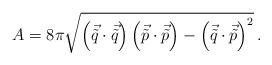
LaTeX: \begin{align*}A = 8\pi \sqrt{\left( \vec{\tilde{q}} \cdot \vec{\tilde{q}} \right) \left( \vec{\tilde{p}} \cdot \vec{\tilde{p}} \right) -\left(\vec{\tilde{q}} \cdot \vec{\tilde{p}} \right)^{2}}\, .\end{align*}